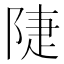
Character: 𨺇